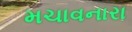
મચાવનારા